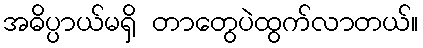
အဓိပ္ပာယ်မရှိ တာတွေပဲထွက်လာတယ်။